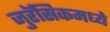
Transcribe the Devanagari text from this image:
जुरॅसिकमध्ये